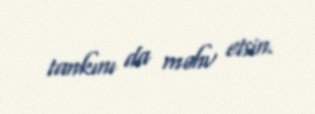
tankını da məhv etsin.